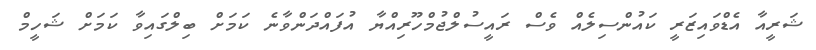
ޝަރީއާ އެޑްވައިޒަރީ ކައުންސިލެއް ވެސް ރައީސުލްޖުމްހޫރިއްޔާ އުފައްދަންވާނެ ކަމަށް ބިލްގައިވާ ކަމަށް ޝަހީމް